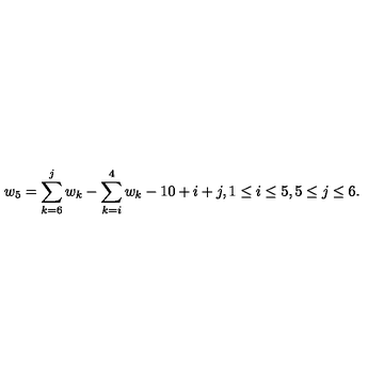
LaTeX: w _ { 5 } = \sum _ { k = 6 } ^ { j } w _ { k } - \sum _ { k = i } ^ { 4 } w _ { k } - 1 0 + i + j , 1 \leq i \leq 5 , 5 \leq j \leq 6 .